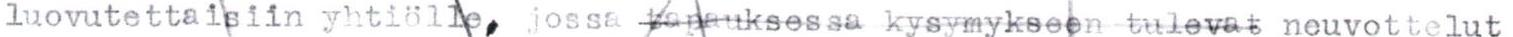
luovutettaisiin yhtiölle, jossa tapauksessa kysymykseen tulevat neuvottelut